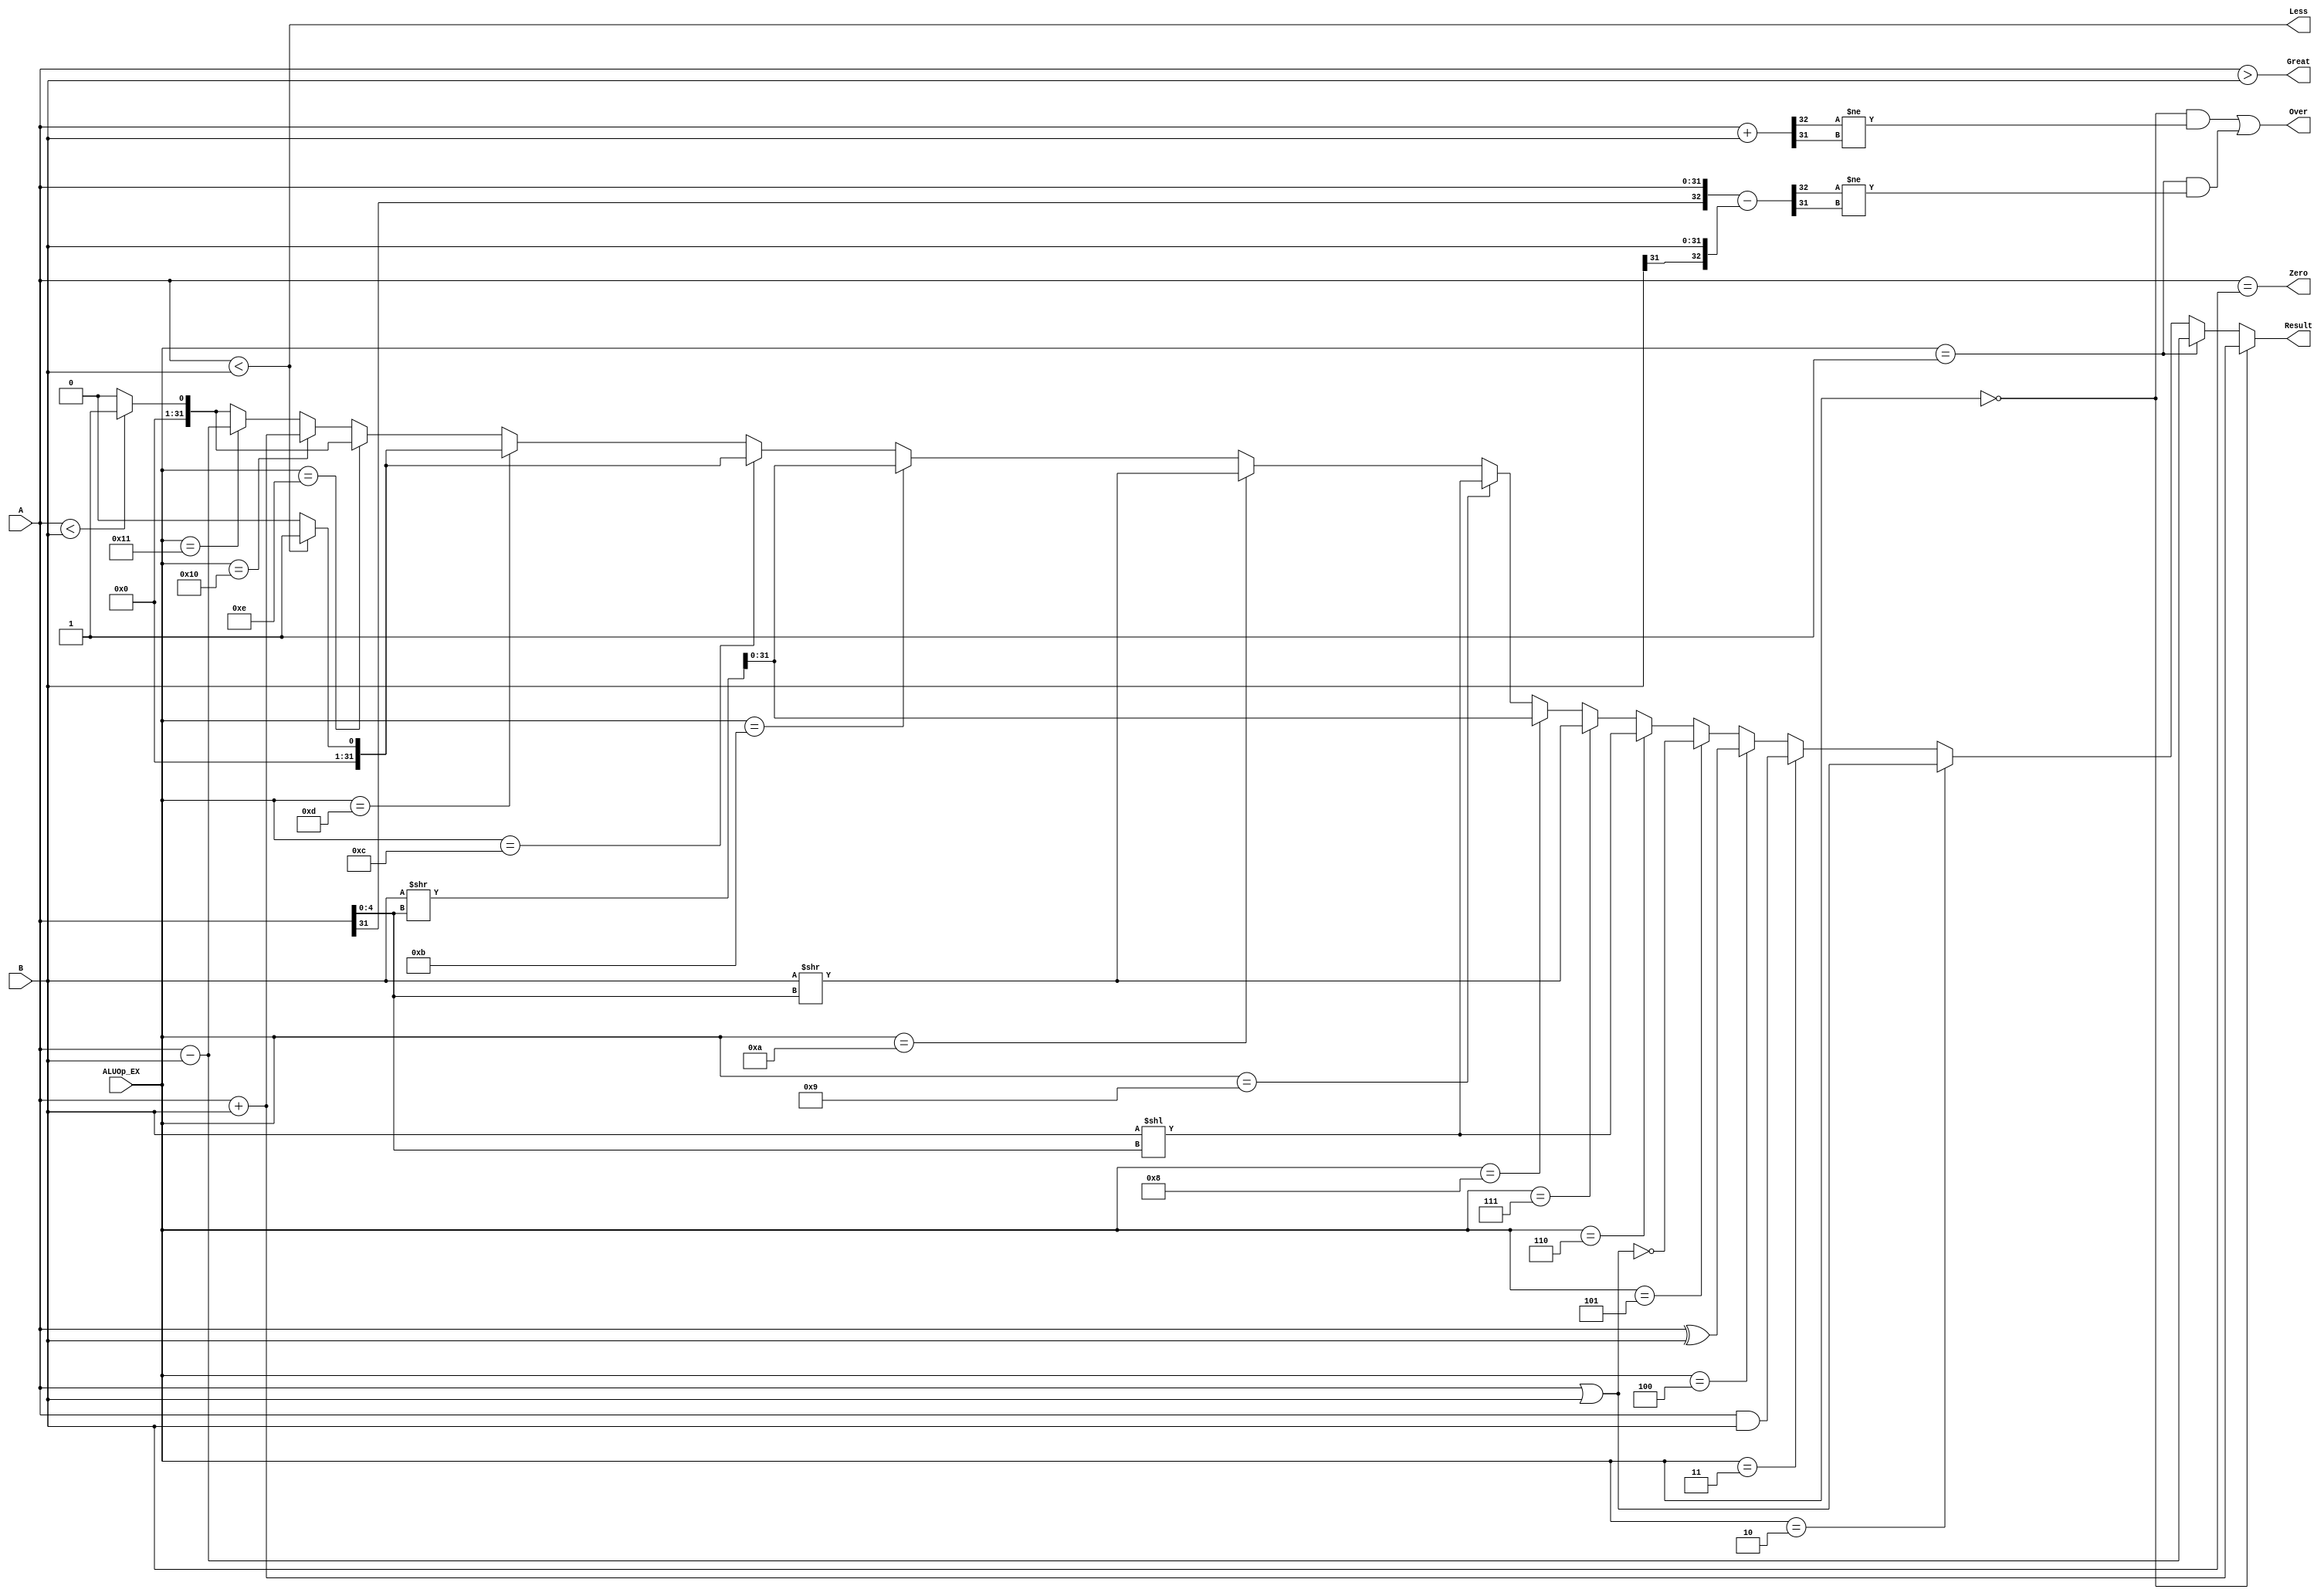
`timescale 1ns / 1ps

module alu(
	A, B, ALUOp_EX, //shamt_EX, //Zero, 
	Result, Over, Great, Less, Zero //, U_Small, Small
    );
	input [31:0] A;
	input [31:0] B;
	input [4:0] ALUOp_EX;
	//input [4:0] shamt_EX;
	//input Is_Move;
	output [31:0] Result;
	output Over;
	output Zero;
	output Great;
	output Less;
	//output U_Small;
	//output Small;

	//wire shamt_ext = {31'b0, shamt_EX};
	wire [63:0] sra_result = $signed({{32{B[31]}}, B}) >> $signed(A[4:0]);
	 
	assign Result = (ALUOp_EX == 5'b00000) ? ($signed(A) + $signed(B)) //add
			   	  : (ALUOp_EX == 5'b00001) ? ($signed(A) - $signed(B)) //sub
			   	  : (ALUOp_EX == 5'b00010) ? (A | B) //or
			   	  : (ALUOp_EX == 5'b00011) ? (A & B) //and
			   	  : (ALUOp_EX == 5'b00100) ? (A ^ B) //xor
			   	  : (ALUOp_EX == 5'b00101) ? ~(A | B) //nor
			   	  : (ALUOp_EX == 5'b00110) ? $signed(B) << $signed(A[4:0]) //sll
			   	  : (ALUOp_EX == 5'b00111) ? $signed(B) >> $signed(A[4:0]) //srl
			   	  : (ALUOp_EX == 5'b01000) ? sra_result[31:0] //sra
			   	  : (ALUOp_EX == 5'b01001) ? $signed(B) << $signed(A[4:0])  //sllv
			   	  : (ALUOp_EX == 5'b01010) ? $signed(B) >> $signed(A[4:0])  //srlv
			   	  : (ALUOp_EX == 5'b01011) ? sra_result[31:0] //srav
			   	  : (ALUOp_EX == 5'b01100) ? (($signed(A) < $signed(B)) ? 1 : 0) //slt
			   	  : (ALUOp_EX == 5'b01101) ? (($signed(A) < $signed(B)) ? 1 : 0) //slti
			   	  : (ALUOp_EX == 5'b01110) ? ((A < B) ? 1 : 0) //sltu
			   	  : (ALUOp_EX == 5'b10000) ? (A + B) //addu
			   	  : (ALUOp_EX == 5'b10001) ? (A - B) //subu
			   	  : ((A < B) ? 1 : 0); //sltiu

	wire [32:0] add_result = $signed({A[31], A}) + $signed({B[31], B});
	wire [32:0] sub_result = {A[31], A} - {B[31], B};

	assign Zero = ($signed(A) == $signed(B));
	assign Great = ($signed(A) > $signed(B));
	assign Less = ($signed(A) < $signed(B));
	assign Over = ((ALUOp_EX == 5'b00000) & (add_result[32] != add_result[31]))
				| ((ALUOp_EX == 5'b00001) & (sub_result[32] != sub_result[31]));

endmodule